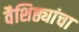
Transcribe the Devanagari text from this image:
वैशिष्ठ्यांचा